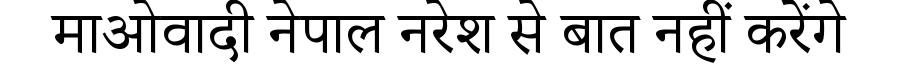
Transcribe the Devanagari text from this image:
माओवादी नेपाल नरेश से बात नहीं करेंगे